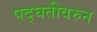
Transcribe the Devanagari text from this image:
पद्घतीवरुन